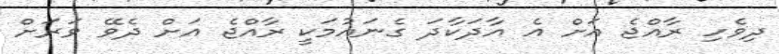
ދިވެހި ރާއްޖެ އަށް އެ އާދަކާދަ ގެނައުމަކީ ރާއްޖެ އަށް ދެވޭ ވަރަށް